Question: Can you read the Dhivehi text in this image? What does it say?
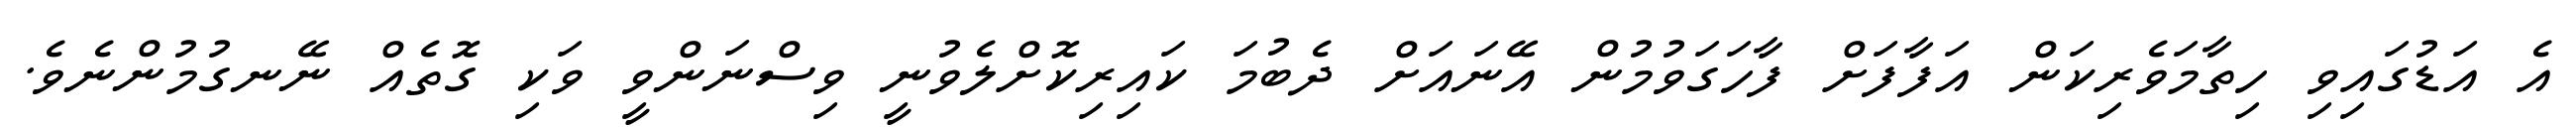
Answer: އެ އަޑުގައިވި ހިތާމަވެރިކަން އަފާފަށް ފާހަގަވުމުން އޭނައަށް ދެބުމަ ކައިރިކޮށްލެވުނީ ވިސްނަންވީ ވަކި ގޮތެއް ނޭނގުމުންނެވެ.